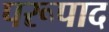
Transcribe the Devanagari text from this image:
परूपाद